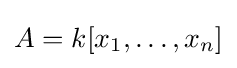
A=k[x_{1},\ldots ,x_{n}]